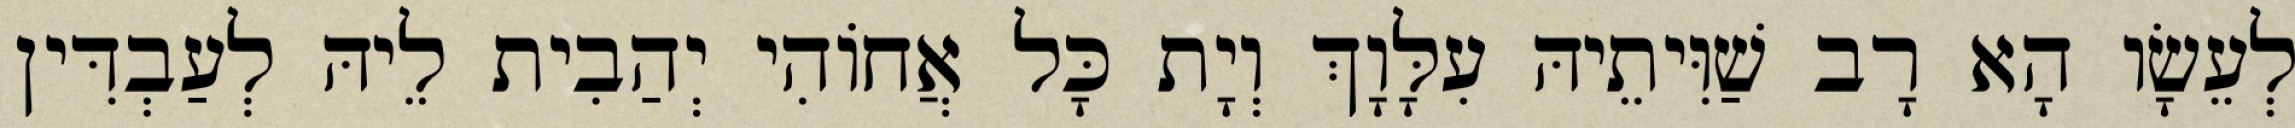
לְעֵשָׂו הָא רָב שַׁוִּיתֵיהּ עִלָּוָךְ וְיָת כָּל אֲחוֹהִי יְהַבִית לֵיהּ לְעַבְדִּין